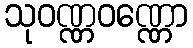
သုဝဏ္ဏဝဏ္ဏော